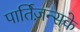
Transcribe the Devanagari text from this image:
पार्तिज़न्सके